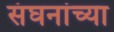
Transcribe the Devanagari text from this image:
संघनांच्या